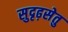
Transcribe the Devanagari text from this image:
सुदृढ़सेतु